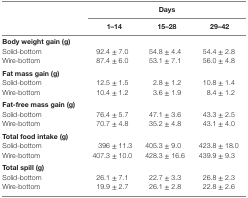
<table><thead><tr><td></td><td colspan="3"><b>Days</b></td></tr><tr><td></td><td><b>1–14</b></td><td><b>15–28</b></td><td><b>29–42</b></td></tr></thead><tbody><tr><td colspan="4"><b>Body weight gain (g)</b></td></tr><tr><td>Solid-bottom</td><td>92.4 ± 7.0</td><td>54.8 ± 4.4</td><td>54.4 ± 2.8</td></tr><tr><td>Wire-bottom</td><td>87.4 ± 6.0</td><td>53.1 ± 7.1</td><td>56.0 ± 4.8</td></tr><tr><td colspan="4"><b>Fat mass gain (g)</b></td></tr><tr><td>Solid-bottom</td><td>12.5 ± 1.5</td><td>2.8 ± 1.2</td><td>10.8 ± 1.4</td></tr><tr><td>Wire-bottom</td><td>10.4 ± 1.2</td><td>3.6 ± 1.9</td><td>8.4 ± 1.2</td></tr><tr><td colspan="4"><b>Fat-free mass gain (g)</b></td></tr><tr><td>Solid-bottom</td><td>76.4 ± 5.7</td><td>47.1 ± 3.6</td><td>43.3 ± 2.5</td></tr><tr><td>Wire-bottom</td><td>70.7 ± 4.8</td><td>35.2 ± 4.8</td><td>43.1 ± 4.0</td></tr><tr><td colspan="4"><b>Total food intake (g)</b></td></tr><tr><td>Solid-bottom</td><td>396 ± 11.3</td><td>405.3 ± 9.0</td><td>423.8 ± 18.0</td></tr><tr><td>Wire-bottom</td><td>407.3 ± 10.0</td><td>428.3 ± 16.6</td><td>439.9 ± 9.3</td></tr><tr><td colspan="4"><b>Total spill (g)</b></td></tr><tr><td>Solid-bottom</td><td>26.1 ± 7.1</td><td>22.7 ± 3.3</td><td>26.8 ± 2.3</td></tr><tr><td>Wire-bottom</td><td>19.9 ± 2.7</td><td>26.1 ± 2.8</td><td>22.8 ± 2.6</td></tr></tbody></table>